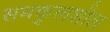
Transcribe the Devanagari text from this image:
समकुलशील